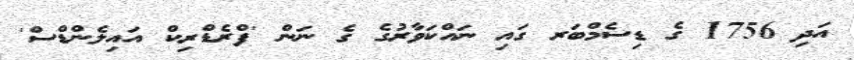
އަދި 1756 ގެ ޑިސެމްބަރ ގައި ނައްކަވާރުގެ ގެ ނަން 'ފްރެޑްރިކް އައިލެންޑްސް'